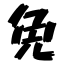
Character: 免